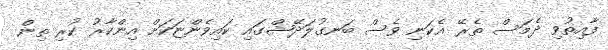
ފާއިތުވި ދެމަސް ތެރޭ އެކަނި ވެސް ބަނގުލަދޭޝްގައި ކައިވެންޏަކަށް އިންކާރު ކުރި ތިން